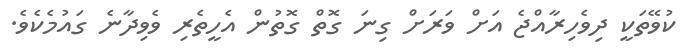
ކުވޭތަކީ ދިވެހިރާއްޖެ އަށް ވަރަށް ގިނަ ގޮތް ގޮތުން އެހީތެރި ވެވިދާނެ ގައުމެކެވެ.